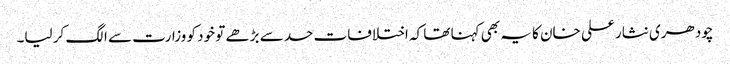
چودھری نثار علی خان کا یہ بھی کہنا تھا کہ اختلافات حد سے بڑھے تو خود کو وزارت سے الگ کر لیا۔